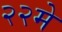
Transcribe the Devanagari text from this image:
२२मे